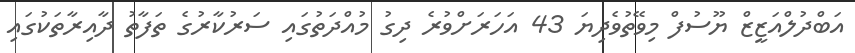
އަބްދުލްއަޒީޒް ޔޫސުފް މިވޭތުވެދިޔަ 43 އަހަރަށްވުރެ ދިގު މުއްދަތުގައި ސަރުކާރުގެ ތަފާތު ދާއިރާތަކުގައި